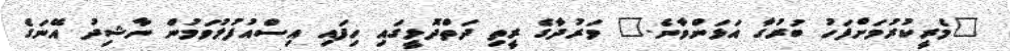
"މެރީކުރުމަށްފަހު ބުރުގާ އަޅަންވާނެ." ވަރުދާގެ ރީތި ދަތްދޮޅީގައި ހިފައި އިސްއުފުލުވަމުން ނާޝިދު އޭނަގެ